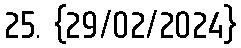
25. {29/02/2024}